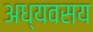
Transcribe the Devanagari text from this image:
अध्यवसय